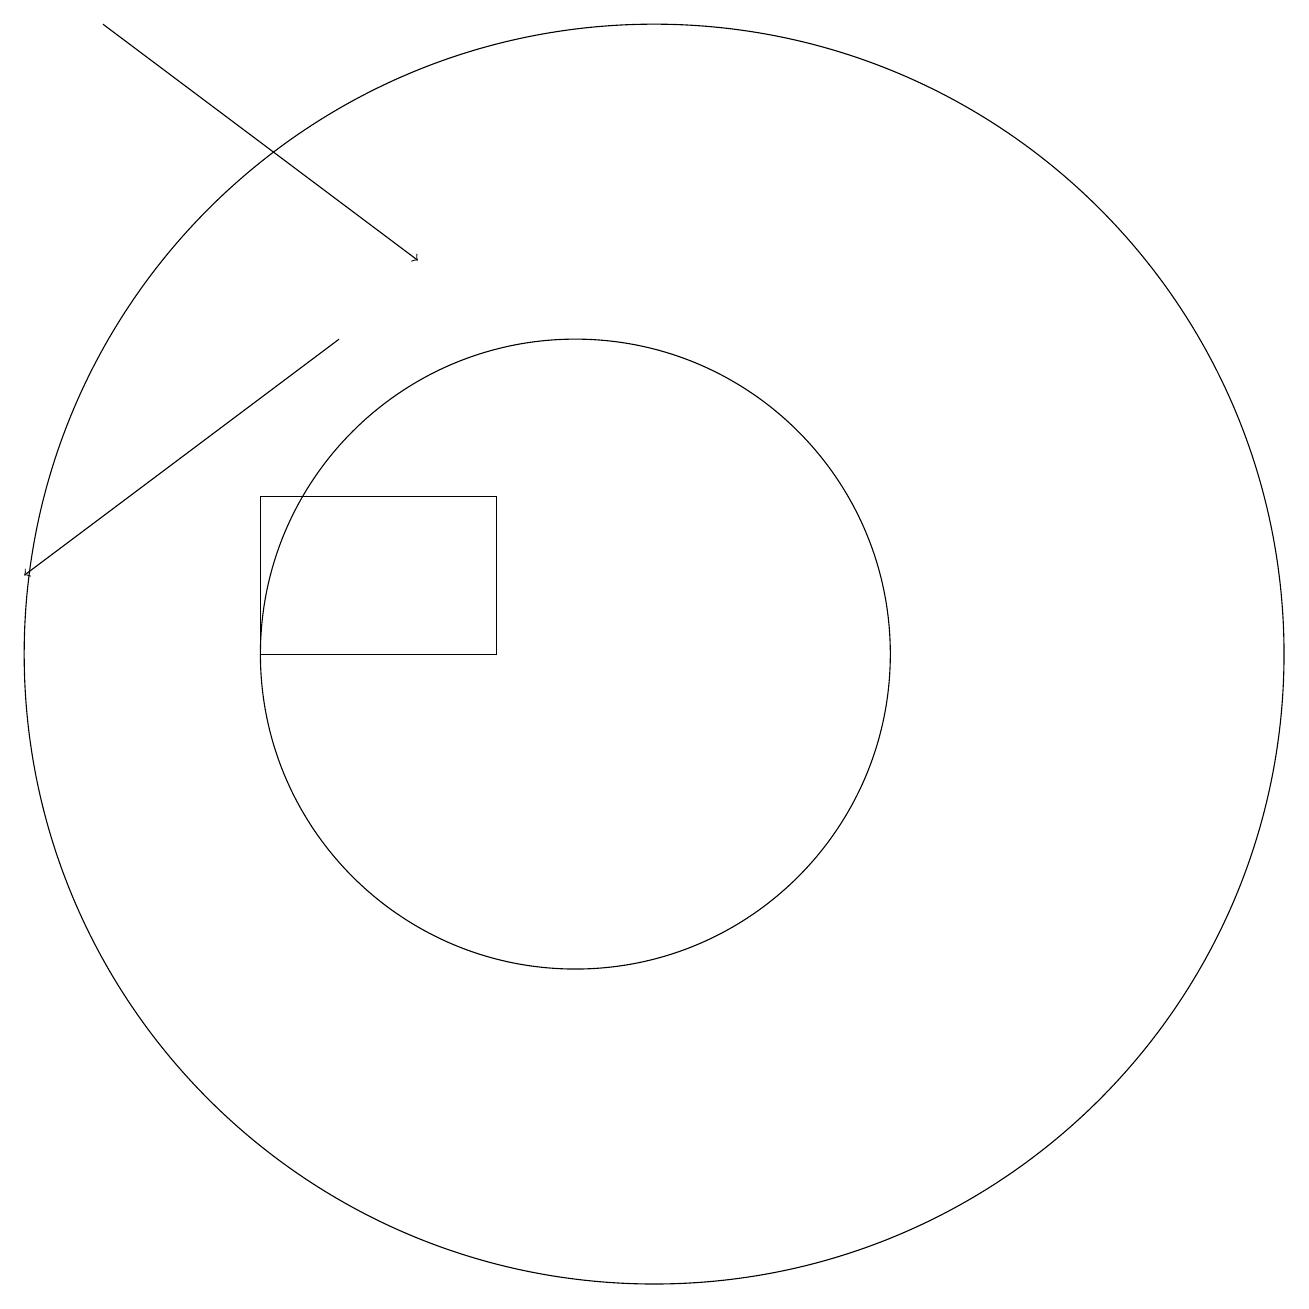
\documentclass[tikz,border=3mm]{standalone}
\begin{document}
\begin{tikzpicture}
\draw (10,10) circle (4);
\draw (11,10) circle (8);
\draw[->] (4,18) -- (8,15);
\draw (9,12) rectangle (6,10);
\draw[->] (7,14) -- (3,11);
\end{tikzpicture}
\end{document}